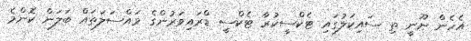
އެހެން ނޫނީ ތި ސައިކަލުގައި ޓެކްސީކުރާ ޓެކްސީ ޑްރައިވަރުންގެ މައްސަލަތައް ބަލަން ކޮންމެ